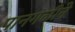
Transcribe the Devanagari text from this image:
पानगळीने